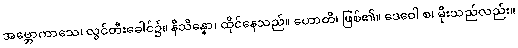
အဗ္ဘောကာသေ၊ လွင်တီးခေါင်၌။ နိသိန္နော၊ ထိုင်နေသည်။ ဟောတိ၊ ဖြစ်၏။ ဒေဝေါ စ၊ မိုးသည်လည်း။